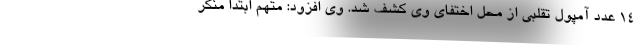
۱۴ عدد آمپول تقلبی از محل اختفای وی کشف شد. وی افزود: متهم ابتدا منکر